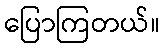
ပြောကြတယ်။